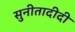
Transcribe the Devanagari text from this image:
सुनीतादीदी